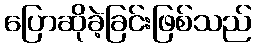
ပြောဆိုခဲ့ခြင်းဖြစ်သည်